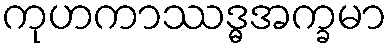
ကုဟကာဿဒ္ဓအက္ခမာ